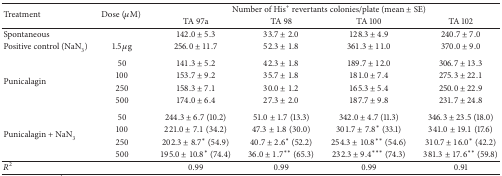
<table><thead><tr><td rowspan="2"><b>Treatment</b></td><td rowspan="2"><b>Dose (<i>μ</i>M) </b></td><td colspan="4"><b>Number of His<sup>+</sup> revertants colonies/plate (mean ± SE)</b></td></tr><tr><td><b>TA 97a</b></td><td><b>TA 98</b></td><td><b>TA 100</b></td><td><b>TA 102</b></td></tr></thead><tbody><tr><td>Spontaneous</td><td> </td><td>142.0 ± 5.3</td><td>33.7 ± 2.0</td><td>128.3 ± 4.9</td><td>240.7 ± 7.0</td></tr><tr><td>Positive control (NaN<sub>3</sub>)</td><td>1.5 <i>μ</i>g</td><td>256.0 ± 11.7</td><td>52.3 ± 1.8</td><td>361.3 ± 11.0</td><td>370.0 ± 9.0</td></tr><tr><td rowspan="4">Punicalagin</td><td>50</td><td>141.3 ± 5.2</td><td>42.3 ± 1.8</td><td>189.7 ± 12.0</td><td>306.7 ± 13.3</td></tr><tr><td>100</td><td>153.7 ± 9.2</td><td>35.7 ± 1.8</td><td>181.0 ± 7.4</td><td>275.3 ± 22.1</td></tr><tr><td>250</td><td>158.3 ± 7.1</td><td>30.0 ± 1.2</td><td>165.3 ± 5.4</td><td>250.0 ± 22.9</td></tr><tr><td>500</td><td>174.0 ± 6.4</td><td>27.3 ± 2.0</td><td>187.7 ± 9.8</td><td>231.7 ± 24.8</td></tr><tr><td rowspan="4">Punicalagin + NaN<sub>3</sub></td><td>50</td><td>244.3 ± 6.7 (10.2)</td><td>51.0 ± 1.7 (13.3)</td><td>342.0 ± 4.7 (11.3)</td><td>346.3 ± 23.5 (18.0)</td></tr><tr><td>100</td><td>221.0 ± 7.1 (34.2)</td><td>47.3 ± 1.8 (30.0)</td><td>301.7 ± 7.8* (33.1)</td><td>341.0 ± 19.1 (17.6)</td></tr><tr><td>250</td><td>202.3 ± 8.7* (54.9)</td><td>40.7 ± 2.6* (52.2)</td><td>254.3 ± 10.8** (54.6)</td><td>310.7 ± 16.0* (42.2)</td></tr><tr><td>500</td><td>195.0 ± 10.8* (74.4)</td><td>36.0 ± 1.7** (65.3)</td><td>232.3 ± 9.4*** (74.3)</td><td>381.3 ± 17.6** (59.8)</td></tr><tr><td><i>R</i><sup>2</sup></td><td> </td><td>0.99</td><td>0.99</td><td>0.99</td><td>0.91</td></tr></tbody></table>